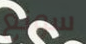
سونغ